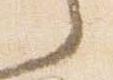
言